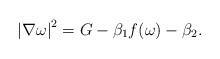
LaTeX: \begin{align*}\left\vert \nabla\omega \right\vert^{2}=G-\beta_{1} f(\omega)-\beta_{2}.\end{align*}